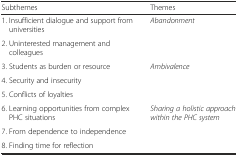
| Subthemes | Themes |
 | --- | --- |
 | 1. Insufficient dialogue and support from universities | <ROWSPAN=2> Abandonment |
 | 2. Uninterested management and colleagues |
 | 3. Students as burden or resource | <ROWSPAN=3> Ambivalence |
 | 4. Security and insecurity |
 | 5. Conflicts of loyalties |
 | 6. Learning opportunities from complex PHC situations | <ROWSPAN=3> Sharing a holistic approach within the PHC system |
 | 7. From dependence to independence |
 | 8. Finding time for reflection |